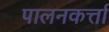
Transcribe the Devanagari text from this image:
पालनकर्त्ता